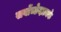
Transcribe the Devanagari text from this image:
सर्वोच्छेदात्मके